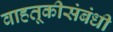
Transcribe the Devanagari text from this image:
वाहतूकीसंबंधी